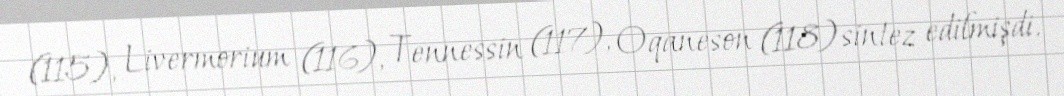
(115), Livermorium (116), Tennessin (117), Oqaneson (118) sintez edilmişdi.